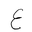
Letter: _ayn